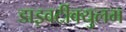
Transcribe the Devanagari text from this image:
डाइवर्टीक्युलम